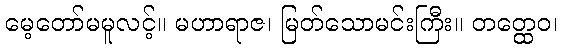
မေ့တော်မမူလင့်။ မဟာရာဇ၊ မြတ်သောမင်းကြီး။ တတ္ထေဝ၊